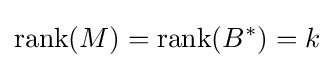
\operatorname {rank} (M)=\operatorname {rank} (B^{*})=k